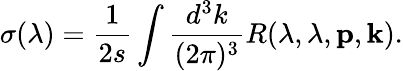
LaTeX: \sigma(\lambda)=\frac{1}{2s}\int\frac{d^{3}k}{(2\pi)^{3}}R(\lambda,\lambda,{\mathbf p},{\mathbf k}).